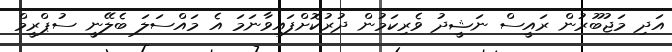
އަދި މަޖުބޫރުން ރައީސް ނަޝީދު ވެރިކަމުން ދުރުކޮށްފައިވާނަމަ އެ މައްސަލަ ބެލޭނީ ސުޕްރީމް